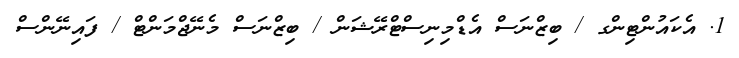
1. އެކައުންޓިންގ / ބިޒްނަސް އެޑްމިނިސްޓްރޭޝަން / ބިޒްނަސް މެނޭޖްމަންޓް / ފައިނޭންސް